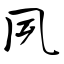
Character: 夙